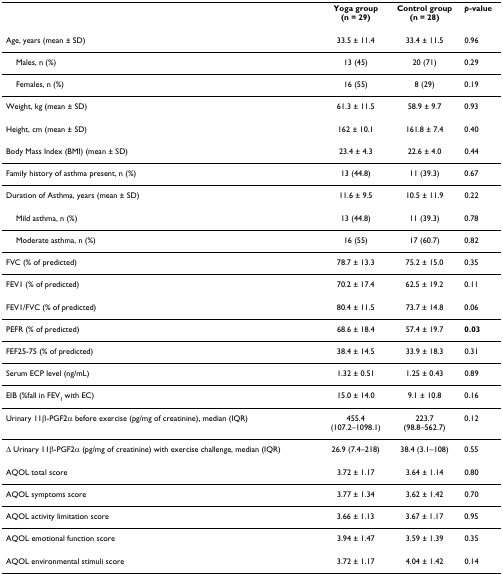
<table><thead><tr><td></td><td><b>Yoga group(n = 29)</b></td><td><b>Control group(n = 28)</b></td><td><b><i>p</i>-value</b></td></tr></thead><tbody><tr><td>Age, years (mean ± SD)</td><td>33.5 ± 11.4</td><td>33.4 ± 11.5</td><td>0.96</td></tr><tr><td> Males, n (%)</td><td>13 (45)</td><td>20 (71)</td><td>0.29</td></tr><tr><td> Females, n (%)</td><td>16 (55)</td><td>8 (29)</td><td>0.19</td></tr><tr><td>Weight, kg (mean ± SD)</td><td>61.3 ± 11.5</td><td>58.9 ± 9.7</td><td>0.93</td></tr><tr><td>Height, cm (mean ± SD)</td><td>162 ± 10.1</td><td>161.8 ± 7.4</td><td>0.40</td></tr><tr><td>Body Mass Index (BMI) (mean ± SD)</td><td>23.4 ± 4.3</td><td>22.6 ± 4.0</td><td>0.44</td></tr><tr><td>Family history of asthma present, n (%)</td><td>13 (44.8)</td><td>11 (39.3)</td><td>0.67</td></tr><tr><td>Duration of Asthma, years (mean ± SD)</td><td>11.6 ± 9.5</td><td>10.5 ± 11.9</td><td>0.22</td></tr><tr><td> Mild asthma, n (%)</td><td>13 (44.8)</td><td>11 (39.3)</td><td>0.78</td></tr><tr><td> Moderate asthma, n (%)</td><td>16 (55)</td><td>17 (60.7)</td><td>0.82</td></tr><tr><td>FVC (% of predicted)</td><td>78.7 ± 13.3</td><td>75.2 ± 15.0</td><td>0.35</td></tr><tr><td>FEV1 (% of predicted)</td><td>70.2 ± 17.4</td><td>62.5 ± 19.2</td><td>0.11</td></tr><tr><td>FEV1/FVC (% of predicted)</td><td>80.4 ± 11.5</td><td>73.7 ± 14.8</td><td>0.06</td></tr><tr><td>PEFR (% of predicted)</td><td>68.6 ± 18.4</td><td>57.4 ± 19.7</td><td><b>0.03</b></td></tr><tr><td>FEF25-75 (% of predicted)</td><td>38.4 ± 14.5</td><td>33.9 ± 18.3</td><td>0.31</td></tr><tr><td>Serum ECP level (ng/mL)</td><td>1.32 ± 0.51</td><td>1.25 ± 0.43</td><td>0.89</td></tr><tr><td>EIB (%fall in FEV<sub>1 </sub>with EC)</td><td>15.0 ± 14.0</td><td>9.1 ± 10.8</td><td>0.16</td></tr><tr><td>Urinary 11β-PGF2α before exercise (pg/mg of creatinine), median (IQR)</td><td>455.4(107.2–1098.1)</td><td>223.7(98.8–562.7)</td><td>0.12</td></tr><tr><td>Δ Urinary 11β-PGF2α (pg/mg of creatinine) with exercise challenge, median (IQR)</td><td>26.9 (7.4–218)</td><td>38.4 (3.1–108)</td><td>0.55</td></tr><tr><td>AQOL total score</td><td>3.72 ± 1.17</td><td>3.64 ± 1.14</td><td>0.80</td></tr><tr><td>AQOL symptoms score</td><td>3.77 ± 1.34</td><td>3.62 ± 1.42</td><td>0.70</td></tr><tr><td>AQOL activity limitation score</td><td>3.66 ± 1.13</td><td>3.67 ± 1.17</td><td>0.95</td></tr><tr><td>AQOL emotional function score</td><td>3.94 ± 1.47</td><td>3.59 ± 1.39</td><td>0.35</td></tr><tr><td>AQOL environmental stimuli score</td><td>3.72 ± 1.17</td><td>4.04 ± 1.42</td><td>0.14</td></tr></tbody></table>